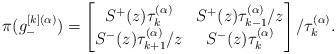
LaTeX: \begin{gather*}\pi(g^{[k](\alpha)}_{-})=\begin{bmatrix} S^{+}(z)\tau^{(\alpha)}_{k}& S^{+}(z)\tau^{(\alpha)}_{k-1}/z\\S^{-}(z)\tau^{(\alpha)}_{k+1}/z&S^{-}(z)\tau^{(\alpha)}_{k}\end{bmatrix}/\tau^{(\alpha)}_{k}.\end{gather*}